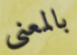
بالمعنى